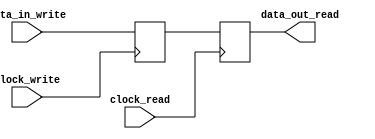
module DualPortRegister (
    input clock_write, // Clock input for write operations
    input clock_read, // Clock input for read operations
    input data_in_write, // Data input for write operations
    output reg data_out_read // Data output for read operations
);

reg [7:0] reg_data;

always @(posedge clock_write) begin
    reg_data <= data_in_write; // Write data to the register on rising edge of write clock
end

always @(posedge clock_read) begin
    data_out_read <= reg_data; // Read data from the register on rising edge of read clock
end

endmodule